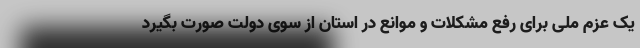
یک عزم ملی برای رفع مشکلات و موانع در استان از سوی دولت صورت بگیرد